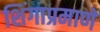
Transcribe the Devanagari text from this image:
शिंगाप्रमाणे